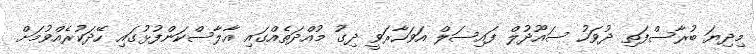
މިދިޔަ ބުރާސްފަތި ދުވަހު ސައޫދުލް ފައިސަލް އަވަހާރަވީ ދިގު މުއްދަތެއްގައި އާލާސްކަންފުޅުގައި ހޭދަކުރެއްވުމަށް